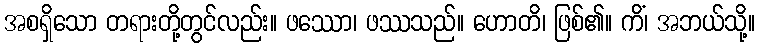
အစရှိသော တရားတို့တွင်လည်း။ ဖဿော၊ ဖဿသည်။ ဟောတိ၊ ဖြစ်၏။ ကိံ၊ အဘယ်သို့။